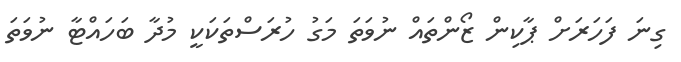
ގިނަ ފަހަރަށް ޕާކިން ޒޯންތައް ނުވަތަ މަގު ހުރަސްތަކަކީ މުދާ ބަހައްޓާ ނުވަތަ